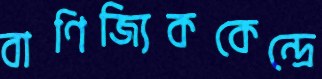
বাণিজ্যিককেন্দ্রে